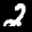
Label: 2